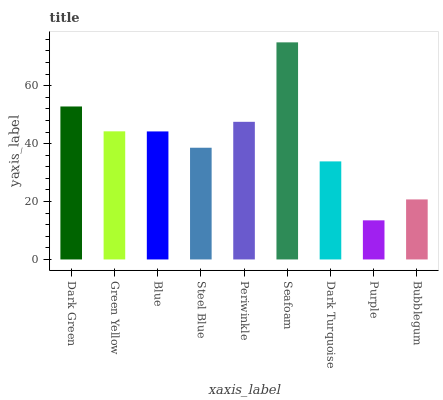
| xaxis_label | bars |
 | --- | --- |
 | Dark Green | 52.8 |
 | Green Yellow | 44.3 |
 | Blue | 44.2 |
 | Steel Blue | 38.6 |
 | Periwinkle | 47.5 |
 | Seafoam | 75 |
 | Dark Turquoise | 33.9 |
 | Purple | 13.5 |
 | Bubblegum | 20.7 |